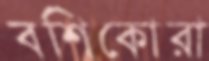
বশিকোরা